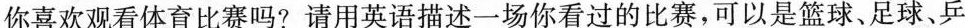
你喜欢观看体育比赛吗?请用英语描述一场你看过的比赛，可以是篮球、足球、乒乓